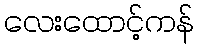
လေးထောင့်ကန်